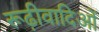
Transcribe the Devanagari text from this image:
रूढ़ीवादिओं